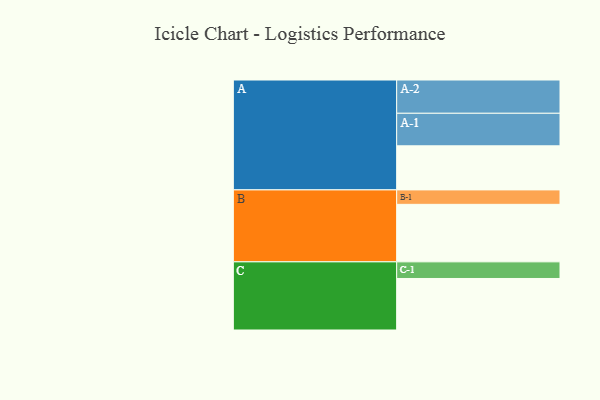
{"axis": {"x": "Segment", "y": "Value"}, "legend": ["", "A", "B", "C"], "data": [{"x": "A", "y": 302, "type": ""}, {"x": "B", "y": 394, "type": ""}, {"x": "C", "y": 353, "type": ""}, {"x": "A-1", "y": 223, "type": "A"}, {"x": "A-2", "y": 228, "type": "A"}, {"x": "B-1", "y": 99, "type": "B"}, {"x": "C-1", "y": 114, "type": "C"}]}